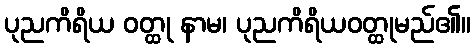
ပုညကိရိယ ဝတ္ထု နာမ၊ ပုညကိရိယဝတ္ထုမည်၏။